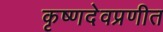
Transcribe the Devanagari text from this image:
कृष्णदेवप्रणीत